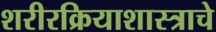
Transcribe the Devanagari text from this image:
शरीरक्रियाशास्त्राचे